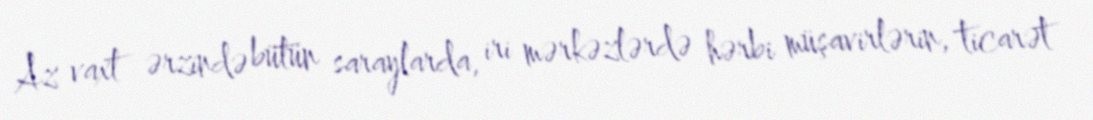
Az vaxt ərzində bütün saraylarda, iri mərkəzlərdə hərbi müşavirlərin, ticarət